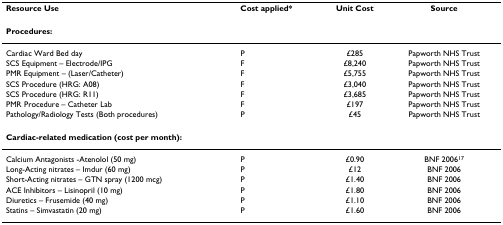
<table><thead><tr><td><b>Resource Use</b></td><td><b>Cost applied*</b></td><td><b>Unit Cost</b></td><td><b>Source</b></td></tr></thead><tbody><tr><td colspan="4"><b>Procedures:</b></td></tr><tr><td>Cardiac Ward Bed day</td><td>P</td><td>£285</td><td>Papworth NHS Trust</td></tr><tr><td>SCS Equipment – Electrode/IPG</td><td>F</td><td>£8,240</td><td>Papworth NHS Trust</td></tr><tr><td>PMR Equipment – (Laser/Catheter)</td><td>F</td><td>£5,755</td><td>Papworth NHS Trust</td></tr><tr><td>SCS Procedure (HRG: A08)</td><td>F</td><td>£3,040</td><td>Papworth NHS Trust</td></tr><tr><td>SCS Procedure (HRG: R11)</td><td>F</td><td>£3,685</td><td>Papworth NHS Trust</td></tr><tr><td>PMR Procedure – Catheter Lab</td><td>F</td><td>£197</td><td>Papworth NHS Trust</td></tr><tr><td>Pathology/Radiology Tests (Both procedures)</td><td>P</td><td>£45</td><td>Papworth NHS Trust</td></tr><tr><td colspan="4"><b>Cardiac-related medication (cost per month):</b></td></tr><tr><td>Calcium Antagonists -Atenolol (50 mg)</td><td>P</td><td>£0.90</td><td>BNF 2006<sup>17</sup></td></tr><tr><td>Long-Acting nitrates – Imdur (60 mg)</td><td>P</td><td>£12</td><td>BNF 2006</td></tr><tr><td>Short-Acting nitrates – GTN spray (1200 mcg)</td><td>P</td><td>£1.40</td><td>BNF 2006</td></tr><tr><td>ACE Inhibitors – Lisinopril (10 mg)</td><td>P</td><td>£1.80</td><td>BNF 2006</td></tr><tr><td>Diuretics – Frusemide (40 mg)</td><td>P</td><td>£1.10</td><td>BNF 2006</td></tr><tr><td>Statins – Simvastatin (20 mg)</td><td>P</td><td>£1.60</td><td>BNF 2006</td></tr></tbody></table>